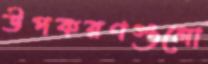
উপকরণগুলো